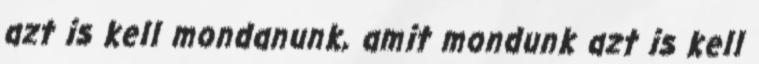
azt is kell mondanunk, amit mondunk azt is kell